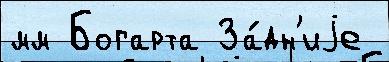
мм Богарта За́дн'иjе